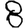
Digit: 8